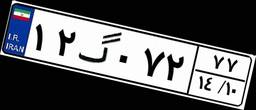
۱۲گ۰۷۲۷۷